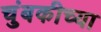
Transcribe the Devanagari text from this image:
चुंबकीच्या